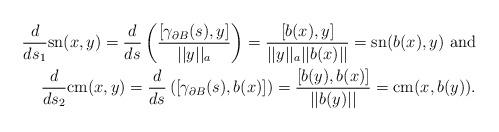
LaTeX: \begin{align*} \frac{d}{ds_1}\mathrm{sn}(x,y) = \frac{d}{ds}\left(\frac{[\gamma_{\partial B}(s),y]}{||y||_a}\right) = \frac{[b(x),y]}{||y||_a||b(x)||} = \mathrm{sn}(b(x),y) \ \mathrm{and}\\\frac{d}{ds_2}\mathrm{cm}(x,y) = \frac{d}{ds}\left([\gamma_{\partial B}(s),b(x)] \right) = \frac{[b(y),b(x)]}{||b(y)||} = \mathrm{cm}(x,b(y)). \end{align*}